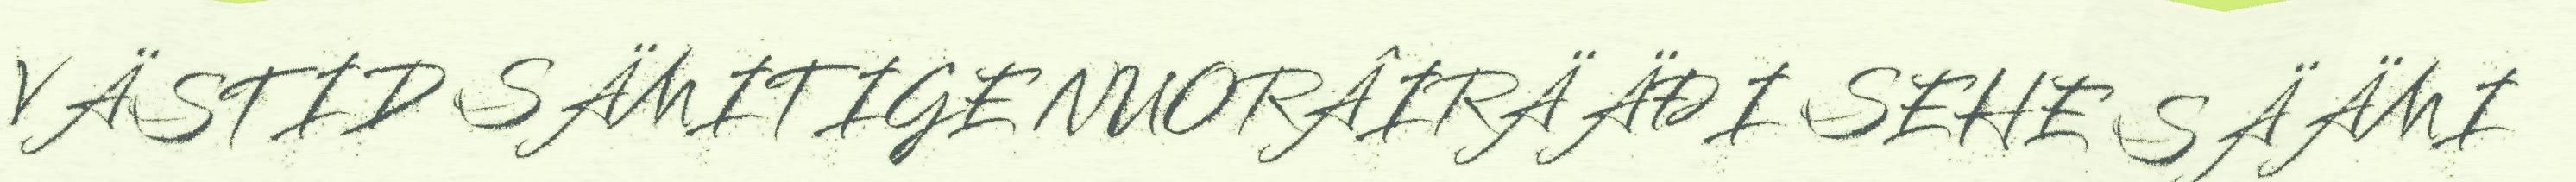
VÄSTID SÄMITIGE NUORÂIRÄÄĐI SEHE SÄÄMI